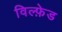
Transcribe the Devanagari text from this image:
विल्फ़ेड